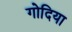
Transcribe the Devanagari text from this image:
गोदिया